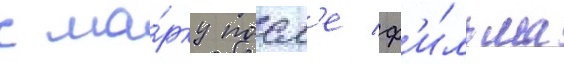
к ма́рку посл'е ф'и́льма